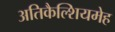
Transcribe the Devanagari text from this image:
अतिकैल्शियमेह